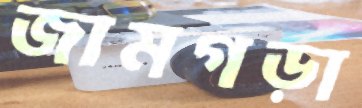
জামগড়া